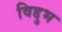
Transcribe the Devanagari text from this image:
विद्दुभ